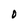
Character: O